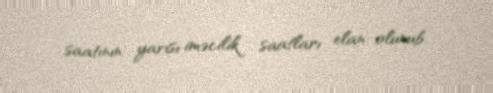
saatının yarısı iməcilik saatları elan olunub.